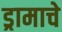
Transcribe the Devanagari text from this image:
ड्रामाचे